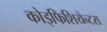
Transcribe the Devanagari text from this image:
कोइफिशियेन्‍टस